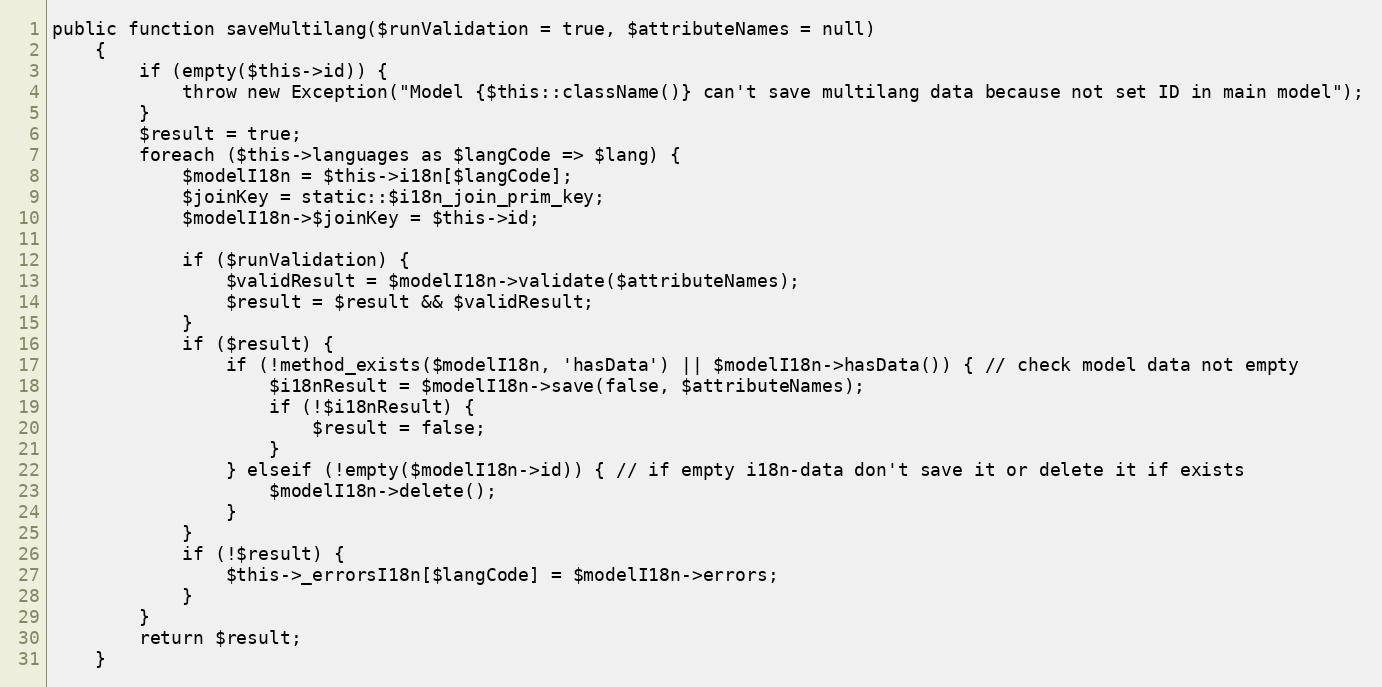
Language: PHP
public function saveMultilang($runValidation = true, $attributeNames = null)
    {
        if (empty($this->id)) {
            throw new Exception("Model {$this::className()} can't save multilang data because not set ID in main model");
        }
        $result = true;
        foreach ($this->languages as $langCode => $lang) {
            $modelI18n = $this->i18n[$langCode];
            $joinKey = static::$i18n_join_prim_key;
            $modelI18n->$joinKey = $this->id;

            if ($runValidation) {
                $validResult = $modelI18n->validate($attributeNames);
                $result = $result && $validResult;
            }
            if ($result) {
                if (!method_exists($modelI18n, 'hasData') || $modelI18n->hasData()) { // check model data not empty
                    $i18nResult = $modelI18n->save(false, $attributeNames);
                    if (!$i18nResult) {
                        $result = false;
                    }
                } elseif (!empty($modelI18n->id)) { // if empty i18n-data don't save it or delete it if exists
                    $modelI18n->delete();
                }
            }
            if (!$result) {
                $this->_errorsI18n[$langCode] = $modelI18n->errors;
            }
        }
        return $result;
    }